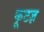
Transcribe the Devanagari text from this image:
कूटज्ञ